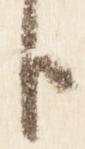
臣